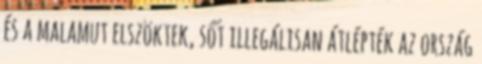
és a malamut elszöktek, sőt illegálisan átlépték az ország